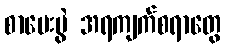
စာမေးပွဲ အရကျက်စရာတွေ